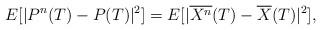
LaTeX: \begin{align*} E[|P^n(T)-P(T)|^2] = E[|\overline{X^n}(T)-\overline{X}(T)|^2],\end{align*}